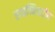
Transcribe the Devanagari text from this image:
स्याच्चित्रदीप